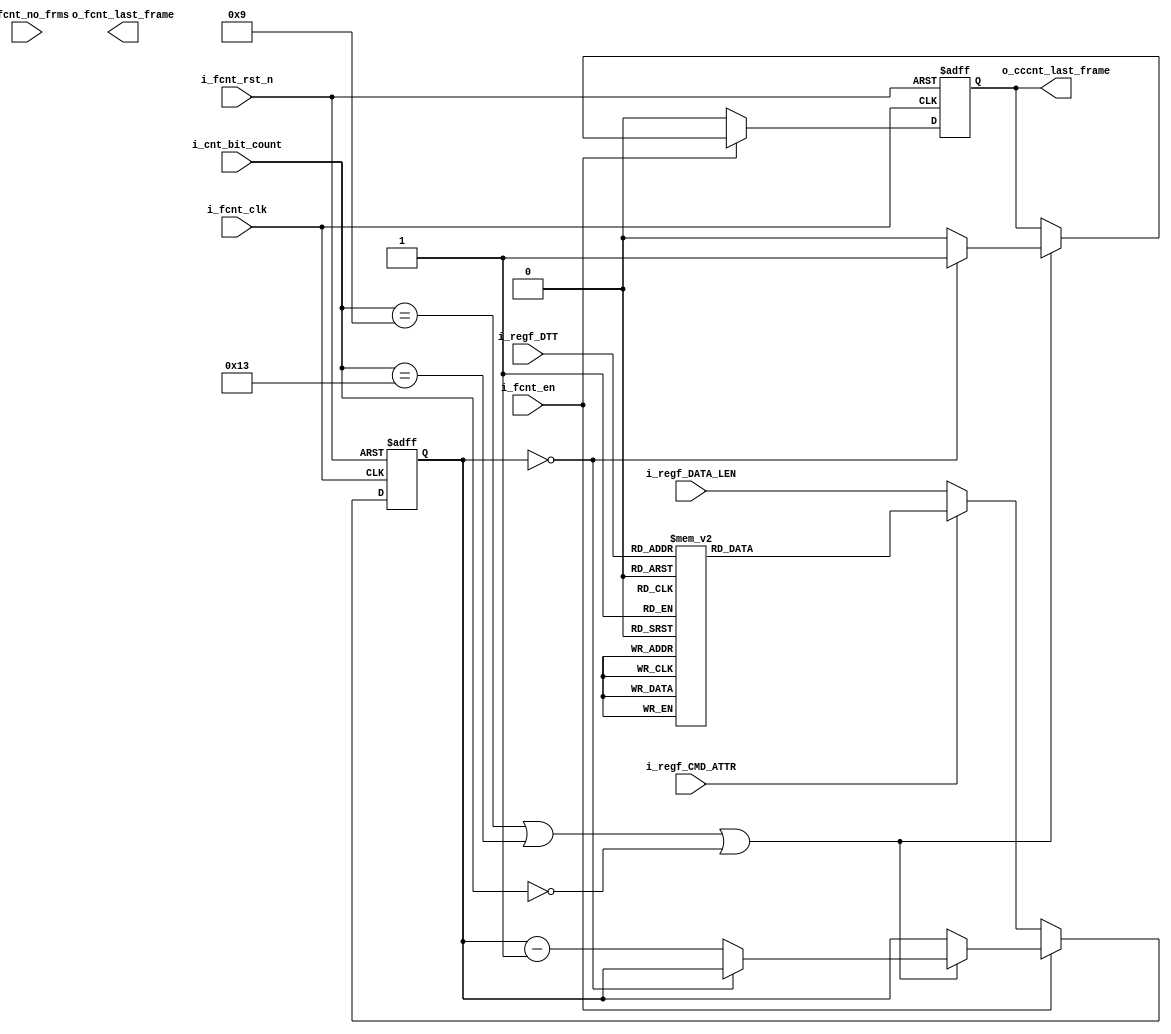
module frame_counter(
    input  wire  [7:0] i_fcnt_no_frms     ,
    input  wire        i_fcnt_clk         ,
    input  wire        i_fcnt_rst_n       ,
    input  wire        i_fcnt_en          ,
    input  wire        i_regf_CMD_ATTR    ,     // HDR 1 bit only selects bit [0] (1 for immediate and 0 for regular)
    input  wire [15:0] i_regf_DATA_LEN    ,     // HDR 
    input  wire [2:0]  i_regf_DTT         ,     // HDR
    input  wire [5:0]  i_cnt_bit_count    ,     // HDR
    output reg         o_fcnt_last_frame  ,     
    output reg         o_cccnt_last_frame       // HDR
    );
	
reg [15:0] count = 4'b0 ;

    always @(posedge i_fcnt_clk or negedge i_fcnt_rst_n) begin
        if(~i_fcnt_rst_n) begin
            count <= 0 ;
            o_cccnt_last_frame <= 1'b0 ;
        end 
        else begin
            if (i_fcnt_en) begin 
                if(i_cnt_bit_count == 9 || i_cnt_bit_count == 19 || i_cnt_bit_count == 0) begin 
                    if (count == 'd0) begin 
                        o_cccnt_last_frame <= 1'b1 ;
                    end 
                    else begin
                        o_cccnt_last_frame <= 1'b0 ;
                        count <= count - 1 ;
                    end
                end
            end

            else begin                    // disabled 
                o_cccnt_last_frame <= 1'b0 ;

                if(!i_regf_CMD_ATTR) begin      // regular
                    count <= i_regf_DATA_LEN ; 
                end 

                else begin                      // immediate 
                    case (i_regf_DTT)

                    3'd0 : count <= 0 ;
                    3'd1 : count <= 1 ;
                    3'd2 : count <= 2 ;
                    3'd3 : count <= 3 ;
                    3'd4 : count <= 4 ;

                    3'd5 : count <= 0 ;
                    3'd6 : count <= 1 ;
                    3'd7 : count <= 2 ;
                    endcase
                end
            end 
        end
    end
endmodule